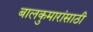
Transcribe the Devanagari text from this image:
बालकुमारांसाठी